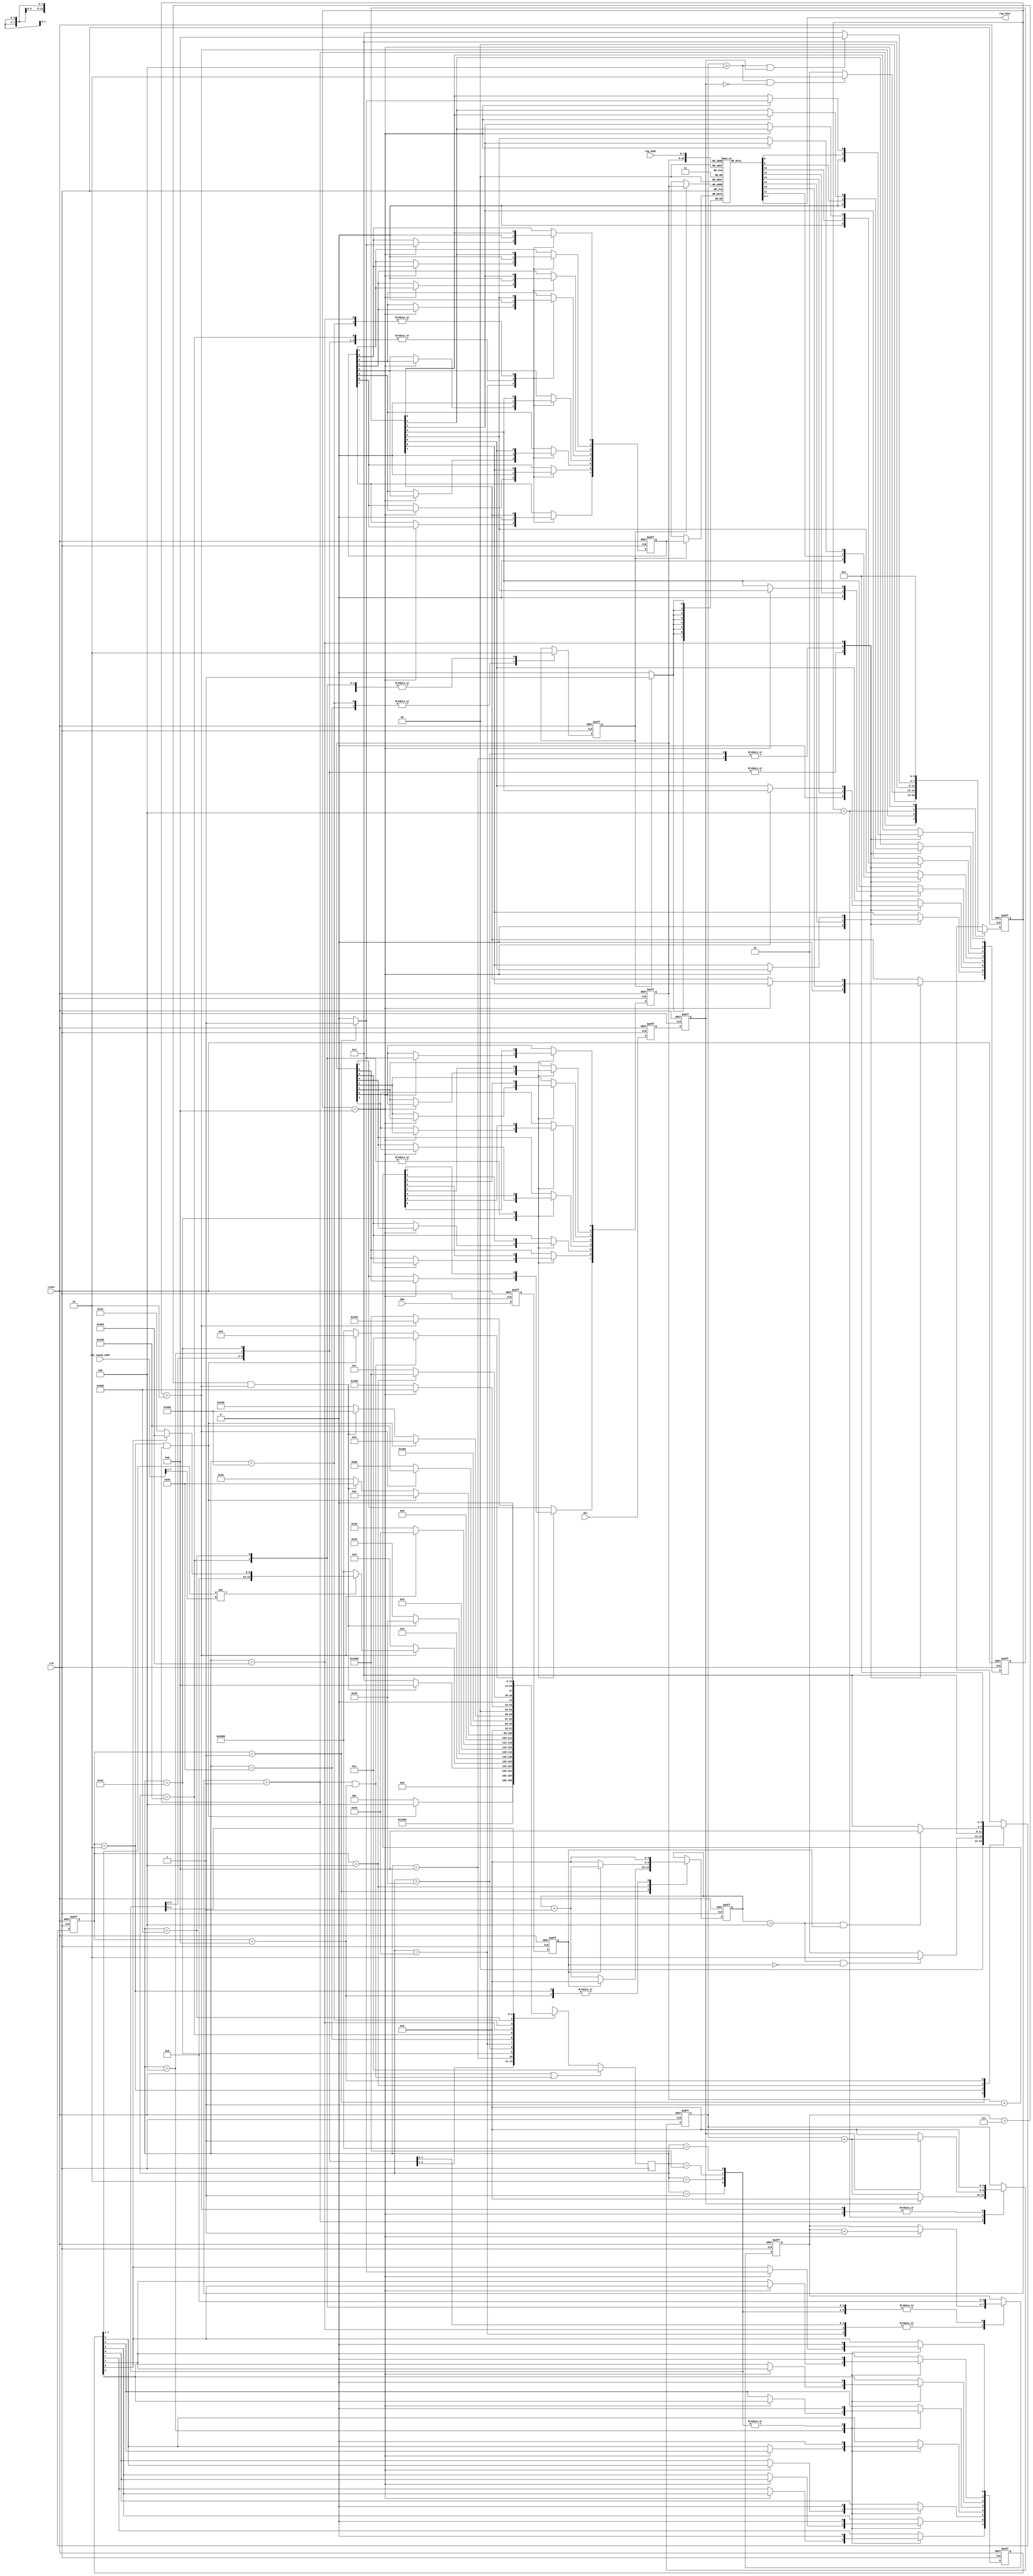
module i2c_snoop_edid (
		  // external host interface
		  input wire   SCL,      // the SCL pin state
		  input wire   SDA,

		  input wire   clk,     // internal FPGA clock
		  input wire   reset,   // internal FPGA reset
		  // i2c configuration
		  input wire [7:0] i2c_snoop_addr,

		  // internal slave interface to read snooped register
		  input wire [7:0] reg_addr,
		  output wire [7:0] reg_dout

		  );

   /////// I2C physical layer components
   /// SDA is stable when SCL is high.
   /// If SDA moves while SCL is high, this is considered a start or stop condition.
   ///
   /// Otherwise, SDA can move around when SCL is low (this is where we suppress bits or 
   /// overdrive as needed). SDA is a wired-AND bus, so you only "drive" zero.
   ///
   /// In an oversampled implementation, a rising and falling edge de-glitcher is needed
   /// for SCL and SDA.
   ///

   // rise fall time cycles computation:
   // At 400kHz operation, 2.5us is a cycle. "chatter" from transition should be about
   // 5% of total cycle time max (just rule of thumb), so 0.125us should be the equiv
   // number of cycles.
   // For the demo board, a 25 MHz clock is provided, and 0.125us ~ 4 cycles
   // At 100kHz operation, 10us is a cycle, so 0.5us ~ 12 cycles
   parameter TRF_CYCLES = 5'd4;  // number of cycles for rise/fall time
   
   // just some tie-offs for future functionality not yet implemented...
   assign SDA_pu = 1'b0;
   assign SCL_pd = 1'b0;
   
   ////////////////
   ///// protocol-level state machine
   ////////////////
   parameter I2C_START     = 14'b1 << 0; // should only pass through this state for one cycle
   parameter I2C_RESTART   = 14'b1 << 1;
   parameter I2C_DADDR     = 14'b1 << 2;
   parameter I2C_ACK_DADDR = 14'b1 << 3;
   parameter I2C_ADDR      = 14'b1 << 4;
   parameter I2C_ACK_ADDR  = 14'b1 << 5;
   parameter I2C_WR_DATA   = 14'b1 << 6;
   parameter I2C_ACK_WR    = 14'b1 << 7;
   parameter I2C_END_WR    = 14'b1 << 8;
   parameter I2C_RD_DATA   = 14'b1 << 9;
   parameter I2C_ACK_RD    = 14'b1 << 10;
   parameter I2C_END_RD    = 14'b1 << 11;
   parameter I2C_END_RD2   = 14'b1 << 12;
   parameter I2C_WAITSTOP  = 14'b1 << 13;
   
   parameter I2C_nSTATES = 14;

   reg [(I2C_nSTATES-1):0]     I2C_cstate = {{(I2C_nSTATES-1){1'b0}}, 1'b1};  //current and next states
   reg [(I2C_nSTATES-1):0]     I2C_nstate;

//`define SIMULATION  
`ifdef SIMULATION
   // synthesis translate_off
   reg [8*20:1] 	                 I2C_state_ascii = "I2C_START          ";
   always @(I2C_cstate) begin
      if      (I2C_cstate == I2C_START)     I2C_state_ascii <= "I2C_START          ";
      else if (I2C_cstate == I2C_RESTART)   I2C_state_ascii <= "I2C_RESTART        ";
      else if (I2C_cstate == I2C_DADDR)     I2C_state_ascii <= "I2C_DADDR          ";
      else if (I2C_cstate == I2C_ACK_DADDR) I2C_state_ascii <= "I2C_ACK_DADDR      ";
      else if (I2C_cstate == I2C_ADDR)      I2C_state_ascii <= "I2C_ADDR           ";
      else if (I2C_cstate == I2C_ACK_ADDR)  I2C_state_ascii <= "I2C_ACK_ADDR       ";
      else if (I2C_cstate == I2C_WR_DATA)   I2C_state_ascii <= "I2C_WR_DATA        ";
      else if (I2C_cstate == I2C_ACK_WR)    I2C_state_ascii <= "I2C_ACK_WR         ";
      else if (I2C_cstate == I2C_END_WR)    I2C_state_ascii <= "I2C_END_WR         ";
      else if (I2C_cstate == I2C_RD_DATA)   I2C_state_ascii <= "I2C_RD_DATA        ";
      else if (I2C_cstate == I2C_ACK_RD)    I2C_state_ascii <= "I2C_ACK_RD         ";
      else if (I2C_cstate == I2C_END_RD)    I2C_state_ascii <= "I2C_END_RD         ";
      else if (I2C_cstate == I2C_END_RD2)   I2C_state_ascii <= "I2C_END_RD2        ";
      else if (I2C_cstate == I2C_WAITSTOP)  I2C_state_ascii <= "I2C_WAITSTOP       ";
      else I2C_state_ascii                          <= "WTF                ";
   end
   // synthesis translate_on
`endif
   
   reg [3:0] 		       I2C_bitcnt;
   reg [7:0] 		       I2C_addr;
   reg [7:0] 		       I2C_daddr;
   reg [7:0] 		       I2C_wdata;
   reg [7:0] 		       I2C_rdata;
   reg 			       I2C_reg_update;

   always @ (posedge clk) begin
      if (reset || ((SCL_cstate == SCL_HIGH) && (SDA_cstate == SDA_RISE))) // stop condition always resets
	I2C_cstate <= I2C_START; 
      else
	I2C_cstate <=#1 I2C_nstate;
   end

   always @ (*) begin
      case (I2C_cstate) //synthesis parallel_case full_case
	I2C_START: begin // wait for the start condition
	   I2C_nstate = ((SDA_cstate == SDA_FALL) && (SCL_cstate == SCL_HIGH)) ? I2C_DADDR : I2C_START;
	end
	I2C_RESTART: begin // repeated start moves immediately to DADDR
	   I2C_nstate = I2C_DADDR;
	end
	I2C_DADDR: begin // 8 bits to get the address
	   I2C_nstate = ((I2C_bitcnt > 4'h7) && (SCL_cstate == SCL_FALL)) ? I2C_ACK_DADDR : I2C_DADDR;
	end
	I2C_ACK_DADDR: begin // depending upon W/R bit state, go to one of two branches
	   I2C_nstate = (SCL_cstate == SCL_FALL) ?
			(I2C_daddr[7:1] != i2c_snoop_addr[7:1]) ? // get everything *but* HDCP
			(I2C_daddr[0] == 1'b0 ? I2C_ADDR : I2C_RD_DATA) :
			I2C_WAITSTOP : // !I2C_daddr match
			I2C_ACK_DADDR; // !SCL_FALL
	end

	// device address branch
	I2C_ADDR: begin
	   I2C_nstate = ((I2C_bitcnt > 4'h7) && (SCL_cstate == SCL_FALL)) ? I2C_ACK_ADDR : I2C_ADDR;
	end
	I2C_ACK_ADDR: begin
	   I2C_nstate = (SCL_cstate == SCL_FALL) ? I2C_WR_DATA : I2C_ACK_ADDR;
	end
	
	// write branch
	I2C_WR_DATA: begin // 8 bits to get the write data
	   I2C_nstate = ((SDA_cstate == SDA_FALL) && (SCL_cstate == SCL_HIGH)) ? I2C_RESTART : // repeated start
			((I2C_bitcnt > 4'h7) && (SCL_cstate == SCL_FALL)) ? I2C_ACK_WR : I2C_WR_DATA;
	end
	I2C_ACK_WR: begin // trigger the ack response (pull SDA low until next falling edge)
	   // and stay in this state until the next falling edge of SCL
	   I2C_nstate = (SCL_cstate == SCL_FALL) ? I2C_END_WR : I2C_ACK_WR;
	end
	I2C_END_WR: begin // one-cycle state to update address+1, reset SDA pulldown
	   I2C_nstate = I2C_WR_DATA; // SCL is now low
	end

	// read branch
	I2C_RD_DATA: begin // 8 bits to get the read data
	   I2C_nstate = ((SDA_cstate == SDA_FALL) && (SCL_cstate == SCL_HIGH)) ? I2C_RESTART : // repeated start
			((I2C_bitcnt > 4'h7) && (SCL_cstate == SCL_FALL)) ? I2C_ACK_RD : I2C_RD_DATA;
	end
	I2C_ACK_RD: begin // wait for an (n)ack response
	   // need to sample (n)ack on a rising edge
	   I2C_nstate = (SCL_cstate == SCL_RISE) ? I2C_END_RD : I2C_ACK_RD;
	end
	I2C_END_RD: begin // if nack, just go to start state (don't explicitly check stop event)
	   // single cycle state for adr+1 update
	   I2C_nstate = (SDA_cstate == SDA_LOW) ? I2C_END_RD2 : I2C_START;
	end
	I2C_END_RD2: begin // before entering I2C_RD_DATA, we need to have seen a falling edge.
	   I2C_nstate = (SCL_cstate == SCL_FALL) ? I2C_RD_DATA : I2C_END_RD2;
	end

	// we're not the addressed device, so we just idle until we see a stop
	I2C_WAITSTOP: begin
	   I2C_nstate = (((SCL_cstate == SCL_HIGH) && (SDA_cstate == SDA_RISE))) ? // stop
			I2C_START : 
			(((SCL_cstate == SCL_HIGH) && (SDA_cstate == SDA_FALL))) ? // or start
			I2C_RESTART :
			I2C_WAITSTOP;
	end
      endcase // case (cstate)
   end

   always @ (posedge clk or posedge reset) begin
      if( reset ) begin
	 I2C_bitcnt <=#1 4'b0;
	 I2C_daddr <=#1 8'b0;
	 I2C_wdata <=#1 8'b0;
	 I2C_reg_update <=#1 1'b0;
	 I2C_rdata <=#1 8'b0;
	 I2C_addr <=#1 8'b0; // this persists across transactions
      end else begin
	 case (I2C_cstate) // synthesis parallel_case full_case
	   I2C_START: begin // everything in reset
	      I2C_bitcnt <=#1 4'b0;
	      I2C_daddr <=#1 8'b0;
	      I2C_wdata <=#1 8'b0;
	      I2C_rdata <=#1 8'b0;
	      I2C_reg_update <=#1 1'b0;
	      I2C_addr <=#1 I2C_addr;
	   end

	   I2C_RESTART: begin
	      I2C_bitcnt <=#1 4'b0;
	      I2C_daddr <=#1 8'b0;
	      I2C_wdata <=#1 8'b0;
	      I2C_rdata <=#1 8'b0;
	      I2C_reg_update <=#1 1'b0;
	      I2C_addr <=#1 I2C_addr;
	   end

	   // get my i2c device address (am I being talked to?)
	   I2C_DADDR: begin // shift in the address on rising edges of clock
	      if( SCL_cstate == SCL_RISE ) begin
		 I2C_bitcnt <=#1 I2C_bitcnt + 4'b1;
		 I2C_daddr[7] <=#1 I2C_daddr[6];
		 I2C_daddr[6] <=#1 I2C_daddr[5];
		 I2C_daddr[5] <=#1 I2C_daddr[4];
		 I2C_daddr[4] <=#1 I2C_daddr[3];
		 I2C_daddr[3] <=#1 I2C_daddr[2];
		 I2C_daddr[2] <=#1 I2C_daddr[1];
		 I2C_daddr[1] <=#1 I2C_daddr[0];
		 I2C_daddr[0] <=#1 (SDA_cstate == SDA_HIGH) ? 1'b1 : 1'b0;
	      end else begin // we're oversampled so we need a hold-state gutter
		 I2C_bitcnt <=#1 I2C_bitcnt;
		 I2C_daddr <=#1 I2C_daddr;
	      end // else: !if( SCL_cstate == SCL_RISE )
	      I2C_wdata <=#1 8'b0;
	      I2C_rdata <=#1 8'b0;
	      I2C_reg_update <=#1 1'b0;
	      I2C_addr <=#1 I2C_addr;
	   end // case: I2C_DADDR
	   I2C_ACK_DADDR: begin
	      I2C_daddr <=#1 I2C_daddr;
	      I2C_bitcnt <=#1 4'b0;
	      I2C_wdata <=#1 8'b0;
	      I2C_rdata <=#1 I2C_regread_async;
	      I2C_reg_update <=#1 1'b0;
	      I2C_addr <=#1 I2C_addr;
	   end

	   // get my i2c "write" address (what we want to access inside me)
	   I2C_ADDR: begin
	      if( SCL_cstate == SCL_RISE ) begin
		 I2C_bitcnt <=#1 I2C_bitcnt + 4'b1;
		 I2C_addr[7] <=#1 I2C_addr[6];
		 I2C_addr[6] <=#1 I2C_addr[5];
		 I2C_addr[5] <=#1 I2C_addr[4];
		 I2C_addr[4] <=#1 I2C_addr[3];
		 I2C_addr[3] <=#1 I2C_addr[2];
		 I2C_addr[2] <=#1 I2C_addr[1];
		 I2C_addr[1] <=#1 I2C_addr[0];
		 I2C_addr[0] <=#1 (SDA_cstate == SDA_HIGH) ? 1'b1 : 1'b0;
	      end else begin // we're oversampled so we need a hold-state gutter
		 I2C_bitcnt <=#1 I2C_bitcnt;
		 I2C_addr <=#1 I2C_addr;
	      end // else: !if( SCL_cstate == SCL_RISE )
	      I2C_wdata <=#1 8'b0;
	      I2C_rdata <=#1 8'b0;
	      I2C_reg_update <=#1 1'b0;
	      I2C_daddr <=#1 I2C_daddr;
	   end // case: I2C_ADDR
	   I2C_ACK_ADDR: begin
	      I2C_daddr <=#1 I2C_daddr;
	      I2C_bitcnt <=#1 4'b0;
	      I2C_wdata <=#1 8'b0;
	      I2C_rdata <=#1 I2C_regread_async; // update my read data here
	      I2C_reg_update <=#1 1'b0;
	      I2C_addr <=#1 I2C_addr;
	   end
	   
	   
	   // write branch
	   I2C_WR_DATA: begin // shift in data on rising edges of clock
	      if( SCL_cstate == SCL_RISE ) begin
		 I2C_bitcnt <=#1 I2C_bitcnt + 4'b1;
		 I2C_wdata[7] <=#1 I2C_wdata[6];
		 I2C_wdata[6] <=#1 I2C_wdata[5];
		 I2C_wdata[5] <=#1 I2C_wdata[4];
		 I2C_wdata[4] <=#1 I2C_wdata[3];
		 I2C_wdata[3] <=#1 I2C_wdata[2];
		 I2C_wdata[2] <=#1 I2C_wdata[1];
		 I2C_wdata[1] <=#1 I2C_wdata[0];
		 I2C_wdata[0] <=#1 (SDA_cstate == SDA_HIGH) ? 1'b1 : 1'b0;
	      end else begin
		 I2C_bitcnt <=#1 I2C_bitcnt; // hold state gutter
		 I2C_wdata <=#1 I2C_wdata;
	      end // else: !if( SCL_cstate == SCL_RISE )
	      I2C_daddr <=#1 I2C_daddr;
	      I2C_reg_update <=#1 1'b0;
	      I2C_rdata <=#1 I2C_rdata;
	      I2C_addr <=#1 I2C_addr;
	   end // case: I2C_WR_DATA
	   I2C_ACK_WR: begin
	      I2C_daddr <=#1 I2C_daddr;
	      I2C_bitcnt <=#1 4'b0;
	      I2C_wdata <=#1 I2C_wdata;
	      I2C_reg_update <=#1 1'b1;  // write the data now (over and over again while in state)
	      I2C_rdata <=#1 I2C_rdata;
	      I2C_addr <=#1 I2C_addr;
	   end
	   I2C_END_WR: begin
	      I2C_addr <=#1 I2C_addr + 8'b1; // this is a one-cycle state so this is safe
	      I2C_bitcnt <=#1 4'b0;
	      I2C_wdata <=#1 8'b0;
	      I2C_rdata <=#1 I2C_rdata;
	      I2C_reg_update <=#1 1'b0;
	      I2C_daddr <=#1 I2C_daddr;
	   end

	   // read branch
	   I2C_RD_DATA: begin // shift out data on falling edges of clock
	      if( SCL_cstate == SCL_RISE ) begin
		 I2C_bitcnt <=#1 I2C_bitcnt + 4'b1;
		 
		 I2C_rdata[7] <=#1 I2C_rdata[6];
		 I2C_rdata[6] <=#1 I2C_rdata[5];
		 I2C_rdata[5] <=#1 I2C_rdata[4];
		 I2C_rdata[4] <=#1 I2C_rdata[3];
		 I2C_rdata[3] <=#1 I2C_rdata[2];
		 I2C_rdata[2] <=#1 I2C_rdata[1];
		 I2C_rdata[1] <=#1 I2C_rdata[0];
		 I2C_rdata[0] <=#1 (SDA_cstate == SDA_HIGH) ? 1'b1 : 1'b0;
	      end else begin
		 I2C_bitcnt <=#1 I2C_bitcnt; // hold state gutter
		 I2C_rdata <=#1 I2C_rdata;
	      end
	      I2C_daddr <=#1 I2C_daddr;
	      I2C_reg_update <=#1 1'b0;
	      I2C_wdata <=#1 I2C_rdata; // push rdata to wdata
	      I2C_addr <=#1 I2C_addr;
	   end // case: I2C_RD_DATA
	   I2C_ACK_RD: begin
	      I2C_daddr <=#1 I2C_daddr;
	      I2C_bitcnt <=#1 4'b0;
	      I2C_rdata <=#1 I2C_rdata;
	      I2C_reg_update <=#1 1'b1; // commit reads even to our internal bank
	      I2C_wdata <=#1 I2C_rdata; // push rdata to wdata
	      I2C_addr <=#1 I2C_addr;
	   end
	   I2C_END_RD: begin
	      I2C_addr <=#1 I2C_addr + 8'b1; // this is a one-cycle state so this is safe
	      I2C_bitcnt <=#1 4'b0;
	      I2C_rdata <=#1 I2C_rdata;
	      I2C_reg_update <=#1 1'b0;
	      I2C_wdata <=#1 I2C_wdata;
	      I2C_daddr <=#1 I2C_daddr;
	   end
	   I2C_END_RD2: begin
	      I2C_daddr <=#1 8'b0;
	      I2C_bitcnt <=#1 4'b0;
	      I2C_rdata <=#1 I2C_rdata;
	      I2C_reg_update <=#1 1'b0;
	      I2C_wdata <=#1 I2C_wdata;
	      I2C_addr <=#1 I2C_addr;
	   end

	   I2C_WAITSTOP: begin
	      I2C_daddr <=#1 8'b0;
	      I2C_bitcnt <=#1 4'b0;
	      I2C_rdata <=#1 I2C_rdata;
	      I2C_reg_update <=#1 1'b0;
	      I2C_wdata <=#1 I2C_wdata;
	      I2C_addr <=#1 I2C_addr;
	   end
	 endcase // case (cstate)
      end // else: !if( reset )
   end // always @ (posedge clk or posedge reset)

   ////////////////
   ///// register bank management
   ////////////////
   parameter RAM_WIDTH = 8;
   parameter RAM_ADDR_BITS = 8;
   
   (* RAM_STYLE="{AUTO | DISTRIBUTED | PIPE_DISTRIBUTED}" *)
   reg [RAM_WIDTH-1:0] I2C_regblock [(2**RAM_ADDR_BITS)-1:0];
   wire [RAM_WIDTH-1:0] I2C_regread_async;

   wire [RAM_ADDR_BITS-1:0] I2C_ramaddr;

   reg 		       wr_stb_d;

   always @(posedge clk) begin
      if (I2C_reg_update) begin // this should be multiple cycles
         I2C_regblock[I2C_ramaddr] <= I2C_wdata;
      end
   end

   assign I2C_regread_async = I2C_regblock[I2C_ramaddr];
   assign reg_dout = I2C_regblock[reg_addr[RAM_ADDR_BITS-1:0]];
   
   assign I2C_ramaddr = I2C_addr[RAM_ADDR_BITS-1:0];

   ////////////////
   ///// SCL low-level sampling state machine
   ////////////////
   parameter SCL_HIGH = 4'b1 << 0; // should only pass through this state for one cycle
   parameter SCL_FALL = 4'b1 << 1;
   parameter SCL_LOW  = 4'b1 << 2;
   parameter SCL_RISE = 4'b1 << 3;
   parameter SCL_nSTATES = 4;

   reg [(SCL_nSTATES-1):0]     SCL_cstate = {{(SCL_nSTATES-1){1'b0}}, 1'b1};  //current and next states
   reg [(SCL_nSTATES-1):0]     SCL_nstate;

//`define SIMULATION  
`ifdef SIMULATION
   // synthesis translate_off
   reg [8*20:1] 	                 SCL_state_ascii = "SCL_HIGH           ";

   always @(SCL_cstate) begin
      if      (SCL_cstate == SCL_HIGH)     SCL_state_ascii <= "SCL_HIGH           ";
      else if (SCL_cstate == SCL_FALL)     SCL_state_ascii <= "SCL_FALL           ";
      else if (SCL_cstate == SCL_LOW )     SCL_state_ascii <= "SCL_LOW            ";
      else if (SCL_cstate == SCL_RISE)     SCL_state_ascii <= "SCL_RISE           ";
      else SCL_state_ascii                                 <= "WTF                ";
   end
   // synthesis translate_on
`endif

   reg [4:0] 		       SCL_rfcnt;
   reg 			       SCL_s, SCL_sync;
   reg 			       SDA_s, SDA_sync;

   always @ (posedge clk or posedge reset) begin
      if (reset)
	SCL_cstate <= SCL_HIGH; // always start here even if it's wrong -- easier to test
      else
	SCL_cstate <=#1 SCL_nstate;
   end

   always @ (*) begin
      case (SCL_cstate) //synthesis parallel_case full_case
	SCL_HIGH: begin
	   SCL_nstate = ((SCL_rfcnt > TRF_CYCLES) && (SCL_sync == 1'b0)) ? SCL_FALL : SCL_HIGH;
	end
	SCL_FALL: begin
	   SCL_nstate = SCL_LOW;
	end
	SCL_LOW: begin
	   SCL_nstate = ((SCL_rfcnt > TRF_CYCLES) && (SCL_sync == 1'b1)) ? SCL_RISE : SCL_LOW;
	end
	SCL_RISE: begin
	   SCL_nstate = SCL_HIGH;
	end
      endcase // case (cstate)
   end // always @ (*)

   always @ (posedge clk or posedge reset) begin
      if( reset ) begin
	 SCL_rfcnt <=#1 5'b0;
      end else begin
	 case (SCL_cstate) // synthesis parallel_case full_case
	   SCL_HIGH: begin
	      if( SCL_sync == 1'b1 ) begin
		 SCL_rfcnt <=#1 5'b0;
	      end else begin
		 SCL_rfcnt <=#1 SCL_rfcnt + 5'b1;
	      end
	   end
	   SCL_FALL: begin
	      SCL_rfcnt <=#1 5'b0;
	   end
	   SCL_LOW: begin
	      if( SCL_sync == 1'b0 ) begin
		 SCL_rfcnt <=#1 5'b0;
	      end else begin
		 SCL_rfcnt <=#1 SCL_rfcnt + 5'b1;
	      end
	   end
	   SCL_RISE: begin
	      SCL_rfcnt <=#1 5'b0;
	   end
	 endcase // case (cstate)
      end // else: !if( reset )
   end // always @ (posedge clk or posedge reset)


   ////////////////
   ///// SDA low-level sampling state machine
   ////////////////
   parameter SDA_HIGH = 4'b1 << 0; // should only pass through this state for one cycle
   parameter SDA_FALL = 4'b1 << 1;
   parameter SDA_LOW  = 4'b1 << 2;
   parameter SDA_RISE = 4'b1 << 3;
   parameter SDA_nSTATES = 4;

   reg [(SDA_nSTATES-1):0]     SDA_cstate = {{(SDA_nSTATES-1){1'b0}}, 1'b1};  //current and next states
   reg [(SDA_nSTATES-1):0]     SDA_nstate;

//`define SIMULATION  
`ifdef SIMULATION
   // synthesis translate_off
   reg [8*20:1] 	                 SDA_state_ascii = "SDA_HIGH           ";

   always @(SDA_cstate) begin
      if      (SDA_cstate == SDA_HIGH)     SDA_state_ascii <= "SDA_HIGH           ";
      else if (SDA_cstate == SDA_FALL)     SDA_state_ascii <= "SDA_FALL           ";
      else if (SDA_cstate == SDA_LOW )     SDA_state_ascii <= "SDA_LOW            ";
      else if (SDA_cstate == SDA_RISE)     SDA_state_ascii <= "SDA_RISE           ";
      else SDA_state_ascii                                 <= "WTF                ";
   end
   // synthesis translate_on
`endif

   reg [4:0] 		       SDA_rfcnt;

   always @ (posedge clk or posedge reset) begin
      if (reset)
	SDA_cstate <= SDA_HIGH; // always start here even if it's wrong -- easier to test
      else
	SDA_cstate <=#1 SDA_nstate;
   end

   always @ (*) begin
      case (SDA_cstate) //synthesis parallel_case full_case
	SDA_HIGH: begin
	   SDA_nstate = ((SDA_rfcnt > TRF_CYCLES) && (SDA_sync == 1'b0)) ? SDA_FALL : SDA_HIGH;
	end
	SDA_FALL: begin
	   SDA_nstate = SDA_LOW;
	end
	SDA_LOW: begin
	   SDA_nstate = ((SDA_rfcnt > TRF_CYCLES) && (SDA_sync == 1'b1)) ? SDA_RISE : SDA_LOW;
	end
	SDA_RISE: begin
	   SDA_nstate = SDA_HIGH;
	end
      endcase // case (cstate)
   end // always @ (*)

   always @ (posedge clk or posedge reset) begin
      if( reset ) begin
	 SDA_rfcnt <=#1 5'b0;
      end else begin
	 case (SDA_cstate) // synthesis parallel_case full_case
	   SDA_HIGH: begin
	      if( SDA_sync == 1'b1 ) begin
		 SDA_rfcnt <=#1 5'b0;
	      end else begin
		 SDA_rfcnt <=#1 SDA_rfcnt + 5'b1;
	      end
	   end
	   SDA_FALL: begin
	      SDA_rfcnt <=#1 5'b0;
	   end
	   SDA_LOW: begin
	      if( SDA_sync == 1'b0 ) begin
		 SDA_rfcnt <=#1 5'b0;
	      end else begin
		 SDA_rfcnt <=#1 SDA_rfcnt + 5'b1;
	      end
	   end
	   SDA_RISE: begin
	      SDA_rfcnt <=#1 5'b0;
	   end
	 endcase // case (cstate)
      end // else: !if( reset )
   end // always @ (posedge clk or posedge reset)

   
   
   /////////////////////
   /////// synchronizers
   /////////////////////
   always @ (posedge clk or posedge reset) begin
      if (reset) begin
	 SCL_s <= 0;
	 SCL_sync <= 0;
	 SDA_s <= 0;
	 SDA_sync <= 0;
      end else begin
	 SCL_s <= SCL;
	 SCL_sync <= SCL_s;
	 SDA_s <= SDA;
	 SDA_sync <= SDA_s;
      end // else: !if(reset)
   end // always @ (posedge clk or posedge reset)
   
endmodule